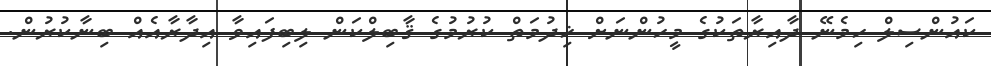
ކައުންސިލް ހިމެނޭ ދާއިރާތަކުގެ މީހުންނަށް ޚިދުމަތް ކުރުމުގެ ޤާބިލްކަން ލިބިފައިވާ އިދާރާއެއް ބިނާކުރުން.